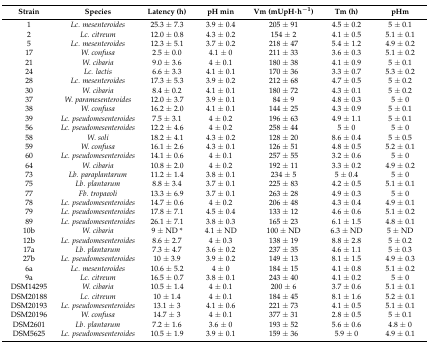
<table><thead><tr><td><b>Strain</b></td><td><b>Species</b></td><td><b>Latency (h)</b></td><td><b>pH min</b></td><td><b>Vm (mUpH·h<sup>−1</sup>)</b></td><td><b>Tm (h)</b></td><td><b>pHm</b></td></tr></thead><tbody><tr><td>1</td><td><i>Lc. mesenteroides</i></td><td>25.3 ± 7.3</td><td>3.9 ± 0.4</td><td>205 ± 91</td><td>4.5 ± 0.2</td><td>5 ± 0.1</td></tr><tr><td>2</td><td><i>Lc. citreum</i></td><td>12.0 ± 0.8</td><td>4.3 ± 0.2</td><td>154 ± 2</td><td>4.1 ± 0.5</td><td>5.1 ± 0.1</td></tr><tr><td>5</td><td><i>Lc. mesenteroides</i></td><td>12.3 ± 5.1</td><td>3.7 ± 0.2</td><td>218 ± 47</td><td>5.4 ± 1.2</td><td>4.9 ± 0.2</td></tr><tr><td>17</td><td><i>W. confusa</i></td><td>2.5 ± 0.0</td><td>4.1 ± 0</td><td>211 ± 33</td><td>3.6 ± 0.3</td><td>5.1 ± 0.2</td></tr><tr><td>21</td><td><i>W. cibaria</i></td><td>9.0 ± 3.6</td><td>4 ± 0.1</td><td>180 ± 38</td><td>4.1 ± 0.9</td><td>5 ± 0.1</td></tr><tr><td>24</td><td><i>Lc. lactis</i></td><td>6.6 ± 3.3</td><td>4.1 ± 0.1</td><td>170 ± 36</td><td>3.3 ± 0.7</td><td>5.3 ± 0.2</td></tr><tr><td>28</td><td><i>Lc. mesenteroides</i></td><td>17.3 ± 5.3</td><td>3.9 ± 0.2</td><td>212 ± 68</td><td>4.7 ± 0.5</td><td>5 ± 0.2</td></tr><tr><td>30</td><td><i>W. cibaria</i></td><td>8.4 ± 0.2</td><td>4.1 ± 0.1</td><td>180 ± 72</td><td>4.3 ± 0.1</td><td>5 ± 0.2</td></tr><tr><td>37</td><td><i>W. paramesenteroides</i></td><td>12.0 ± 3.7</td><td>3.9 ± 0.1</td><td>84 ± 9</td><td>4.8 ± 0.3</td><td>5 ± 0</td></tr><tr><td>38</td><td><i>W. confusa</i></td><td>16.2 ± 2.0</td><td>4.1 ± 0.1</td><td>144 ± 25</td><td>4.3 ± 0.9</td><td>5 ± 0.1</td></tr><tr><td>39</td><td><i>Lc. pseudomesenteroides</i></td><td>7.5 ± 3.1</td><td>4 ± 0.2</td><td>196 ± 63</td><td>4.9 ± 1.1</td><td>5 ± 0.1</td></tr><tr><td>56</td><td><i>Lc. pseudomesenteroides</i></td><td>12.2 ± 4.6</td><td>4 ± 0.2</td><td>258 ± 44</td><td>5 ± 0</td><td>5 ± 0</td></tr><tr><td>58</td><td><i>W. soli</i></td><td>18.2 ± 4.1</td><td>4.3 ± 0.2</td><td>128 ± 20</td><td>8.6 ± 0.4</td><td>5 ± 0.5</td></tr><tr><td>59</td><td><i>W. confusa</i></td><td>16.1 ± 2.6</td><td>4.3 ± 0.1</td><td>126 ± 51</td><td>4.8 ± 0.5</td><td>5.2 ± 0.1</td></tr><tr><td>60</td><td><i>Lc. pseudomesenteroides</i></td><td>14.1 ± 0.6</td><td>4 ± 0.1</td><td>257 ± 55</td><td>3.2 ± 0.6</td><td>5 ± 0</td></tr><tr><td>64</td><td><i>W. cibaria</i></td><td>10.8 ± 2.0</td><td>4 ± 0.2</td><td>192 ± 11</td><td>3.3 ± 0.2</td><td>4.9 ± 0.2</td></tr><tr><td>73</td><td><i>Lb. paraplantarum</i></td><td>11.2 ± 1.4</td><td>3.8 ± 0.1</td><td>234 ± 5</td><td>5 ± 0.4</td><td>5 ± 0</td></tr><tr><td>75</td><td><i>Lb. plantarum</i></td><td>8.8 ± 3.4</td><td>3.7 ± 0.1</td><td>225 ± 83</td><td>4.2 ± 0.5</td><td>5.1 ± 0.1</td></tr><tr><td>77</td><td><i>Fb. tropaeoli</i></td><td>13.3 ± 6.9</td><td>3.7 ± 0.1</td><td>263 ± 28</td><td>4.9 ± 0.3</td><td>5 ± 0</td></tr><tr><td>78</td><td><i>Lc. pseudomesenteroides</i></td><td>14.7 ± 0.6</td><td>4 ± 0.2</td><td>206 ± 48</td><td>4.3 ± 0.4</td><td>4.9 ± 0.1</td></tr><tr><td>79</td><td><i>Lc. pseudomesenteroides</i></td><td>17.8 ± 7.1</td><td>4.5 ± 0.4</td><td>133 ± 12</td><td>4.6 ± 0.6</td><td>5.1 ± 0.2</td></tr><tr><td>89</td><td><i>Lc. pseudomesenteroides</i></td><td>26.1 ± 7.1</td><td>3.8 ± 0.3</td><td>165 ± 23</td><td>6.1 ± 1.5</td><td>4.8 ± 0.1</td></tr><tr><td>10b</td><td><i>W. cibaria</i></td><td>9 ± ND *</td><td>4.1 ± ND</td><td>100 ± ND</td><td>6.3 ± ND</td><td>5 ± ND</td></tr><tr><td>12b</td><td><i>Lc. pseudomesenteroides</i></td><td>8.6 ± 2.7</td><td>4 ± 0.3</td><td>138 ± 19</td><td>8.8 ± 2.8</td><td>5 ± 0.2</td></tr><tr><td>17a</td><td><i>Lb. plantarum</i></td><td>7.3 ± 4.7</td><td>3.6 ± 0.2</td><td>237 ± 35</td><td>4.6 ± 1.1</td><td>5 ± 0.3</td></tr><tr><td>27b</td><td><i>Lc. pseudomesenteroides</i></td><td>10 ± 3.9</td><td>3.9 ± 0.2</td><td>149 ± 13</td><td>8.1 ± 1.5</td><td>4.9 ± 0.3</td></tr><tr><td>6a</td><td><i>Lc. mesenteroides</i></td><td>10.6 ± 5.2</td><td>4 ± 0</td><td>184 ± 15</td><td>4.1 ± 0.8</td><td>5.1 ± 0.2</td></tr><tr><td>9a</td><td><i>Lc. citreum</i></td><td>16.5 ± 0.7</td><td>3.8 ± 0.1</td><td>243 ± 40</td><td>4.1 ± 0.2</td><td>5 ± 0</td></tr><tr><td>DSM14295</td><td><i>W. cibaria</i></td><td>10.5 ± 1.4</td><td>4 ± 0.1</td><td>200 ± 6</td><td>3.7 ± 0.6</td><td>5.1 ± 0.1</td></tr><tr><td>DSM20188</td><td><i>Lc. citreum</i></td><td>10 ± 1.4</td><td>4 ± 0.1</td><td>184 ± 45</td><td>8.1 ± 1.6</td><td>5.2 ± 0.1</td></tr><tr><td>DSM20193</td><td><i>Lc. pseudomesenteroides</i></td><td>13.1 ± 3</td><td>4.1 ± 0.6</td><td>221 ± 73</td><td>4.1 ± 0.5</td><td>5.1 ± 0.1</td></tr><tr><td>DSM20196</td><td><i>W. confusa</i></td><td>14.7 ± 3</td><td>4 ± 0.1</td><td>377 ± 31</td><td>2.8 ± 0.5</td><td>5 ± 0.1</td></tr><tr><td>DSM2601</td><td><i>Lb. plantarum</i></td><td>7.2 ± 1.6</td><td>3.6 ± 0</td><td>193 ± 52</td><td>5.6 ± 0.6</td><td>4.8 ± 0</td></tr><tr><td>DSM5625</td><td><i>Lc. pseudomesenteroides</i></td><td>10.5 ± 1.9</td><td>3.9 ± 0.1</td><td>159 ± 36</td><td>5.9 ± 0</td><td>4.9 ± 0.1</td></tr></tbody></table>